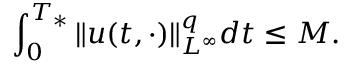
\int _ { 0 } ^ { T _ { * } } \| u ( t , \cdot ) \| _ { L ^ { \infty } } ^ { q } d t \leq M .